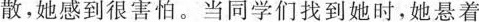
散，她感到很害怕。当同学们找到她时，她悬着